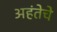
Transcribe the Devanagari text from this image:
अहंतेचे